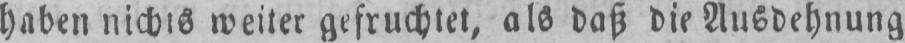
haben nichts weiter gefruchtet, als daß die Ausdehnung